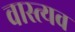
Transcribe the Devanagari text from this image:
वास्त्यव